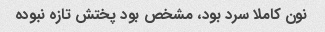
نون کاملا سرد بود، مشخص بود پختش تازه نبوده